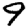
Digit: 9